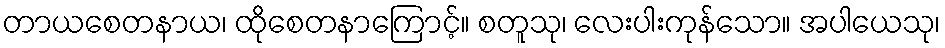
တာယစေတနာယ၊ ထိုစေတနာကြောင့်။ စတူသု၊ လေးပါးကုန်သော။ အပါယေသု၊